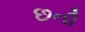
છની